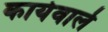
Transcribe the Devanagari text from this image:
कार्यवाले